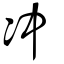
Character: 冲